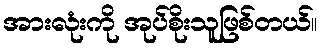
အားလုံးကို အုပ်စိုးသူဖြစ်တယ်။